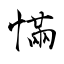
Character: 慲